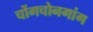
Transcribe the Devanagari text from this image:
चोंगचोनगांग